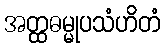
အတ္ထဓမ္မုပသံဟိတံ